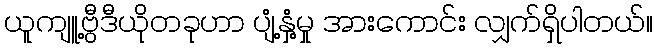
ယူကျူ့ဗွီဒီယိုတခုဟာ ပျံ့နှံ့မှု အားကောင်း လျှက်ရှိပါတယ်။